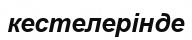
кестелерінде